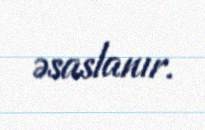
əsaslanır.